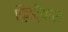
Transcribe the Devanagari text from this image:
फ़िडी्यास